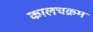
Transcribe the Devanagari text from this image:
कालचक्रम